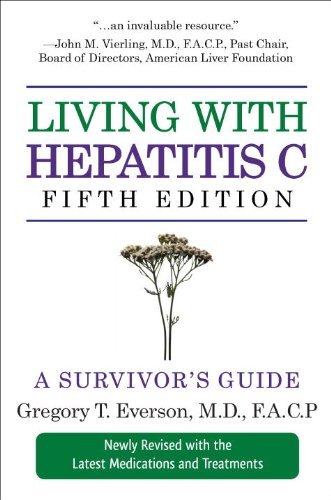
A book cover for Living with Hepatitis C, Fifth Edition: A Survivor's Guide [Paperback] [2009] (Author) Gregory T. Everson; Health, Fitness & Dieting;